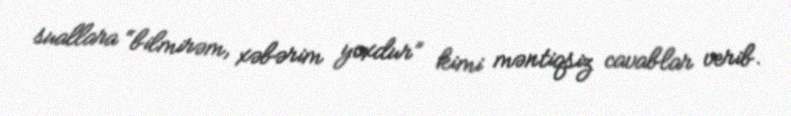
suallara “bilmirəm, xəbərim yoxdur” kimi məntiqsiz cavablar verib.